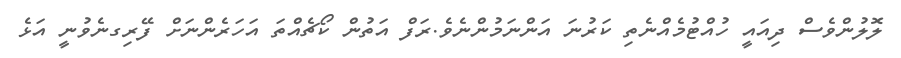
ލޮލުންވެސް ދިއައީ ހުއްޓުމެއްނެތި ކަރުނަ އަންނަމުންނެވެ.ރަފް އަތުން ކޯޗެއްތަ އަހަރެންނަށް ފޭރިގނެވުނީ އަޅެ